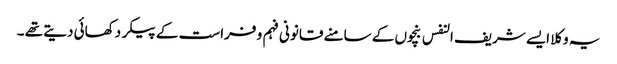
یہ وکلا ایسے شریف النفس بنچوں کے سامنے قانونی فہم و فراست کے پیکر دکھائی دیتے تھے ۔